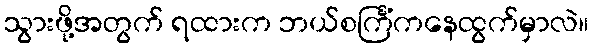
သွားဖို့အတွက် ရထားက ဘယ်စင်္ကြံကနေထွက်မှာလဲ။